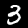
Digit: 3